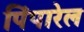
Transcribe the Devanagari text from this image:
पिंपारेल